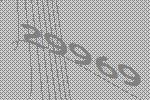
29969